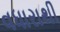
વધારાથી